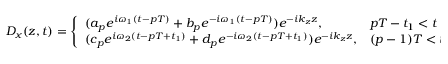
D _ { x } ( z , t ) = \left\{ \begin{array} { l l } { ( a _ { p } e ^ { i \omega _ { 1 } ( t - p T ) } + b _ { p } e ^ { - i \omega _ { 1 } ( t - p T ) } ) e ^ { - i k _ { z } z } , } & { p T - t _ { 1 } < t < p T } \\ { ( c _ { p } e ^ { i \omega _ { 2 } ( t - p T + t _ { 1 } ) } + d _ { p } e ^ { - i \omega _ { 2 } ( t - p T + t _ { 1 } ) } ) e ^ { - i k _ { z } z } , } & { ( p - 1 ) T < t < p T - t _ { 1 } } \end{array} \right.